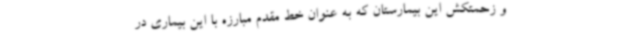
و زحمتکش این بیمارستان که به عنوان خط مقدم مبارزه با این بیماری در